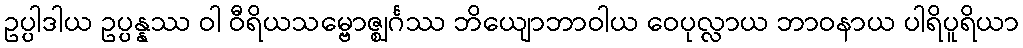
ဥပ္ပါဒါယ ဥပ္ပန္နဿ ဝါ ဝီရိယသမ္ဗောဇ္ဈင်္ဂဿ ဘိယျောဘာဝါယ ဝေပုလ္လာယ ဘာဝနာယ ပါရိပူရိယာ